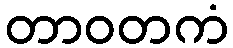
တာဝတကံ